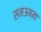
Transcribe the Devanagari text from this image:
समऊष्मा